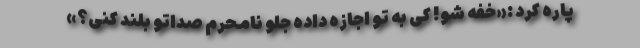
پاره کرد :«خفه شو! کی به تو اجازه داده جلو نامحرم صداتو بلند کنی؟»